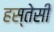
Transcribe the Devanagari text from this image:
हस्तेसी